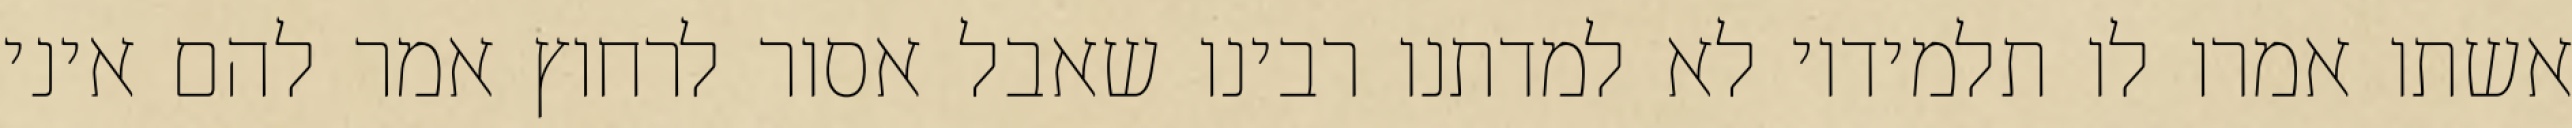
אשתו אמרו לו תלמידיו לא למדתנו רבינו שאבל אסור לרחוץ אמר להם איני